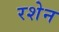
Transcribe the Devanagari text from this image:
रशेन